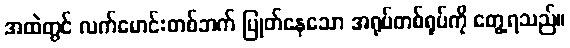
အထဲတွင် လက်မောင်းတစ်ဘက် ပြုတ်နေသော အရုပ်တစ်ရုပ်ကို တွေ့ရသည်။